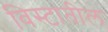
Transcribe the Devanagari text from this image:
विस्टातील